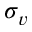
\sigma _ { v }